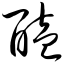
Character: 醢